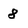
Character: 8